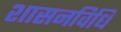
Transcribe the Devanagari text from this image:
शासनविधि